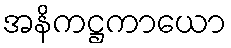
အနိကဋ္ဌကာယော